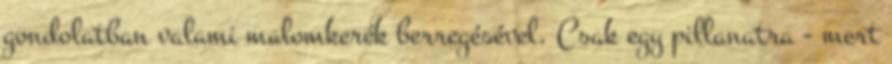
gondolatban valami malomkerék berregésével. Csak egy pillanatra - mert